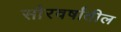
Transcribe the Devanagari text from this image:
सौरवर्षांतील